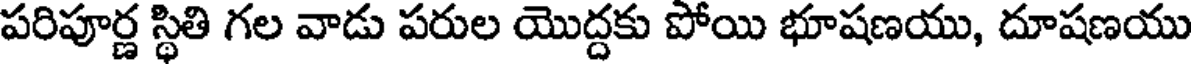
పరిపూర్ణ స్థితి గల వాడు పరుల యొద్దకు పోయి భూషణయు, దూషణయు